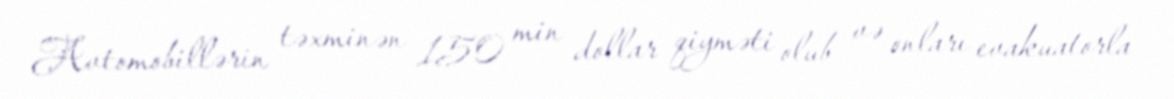
Avtomobillərin təxminən 150 min dollar qiyməti olub və onları evakuatorla